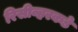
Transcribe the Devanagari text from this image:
रिसीव्हरकडे